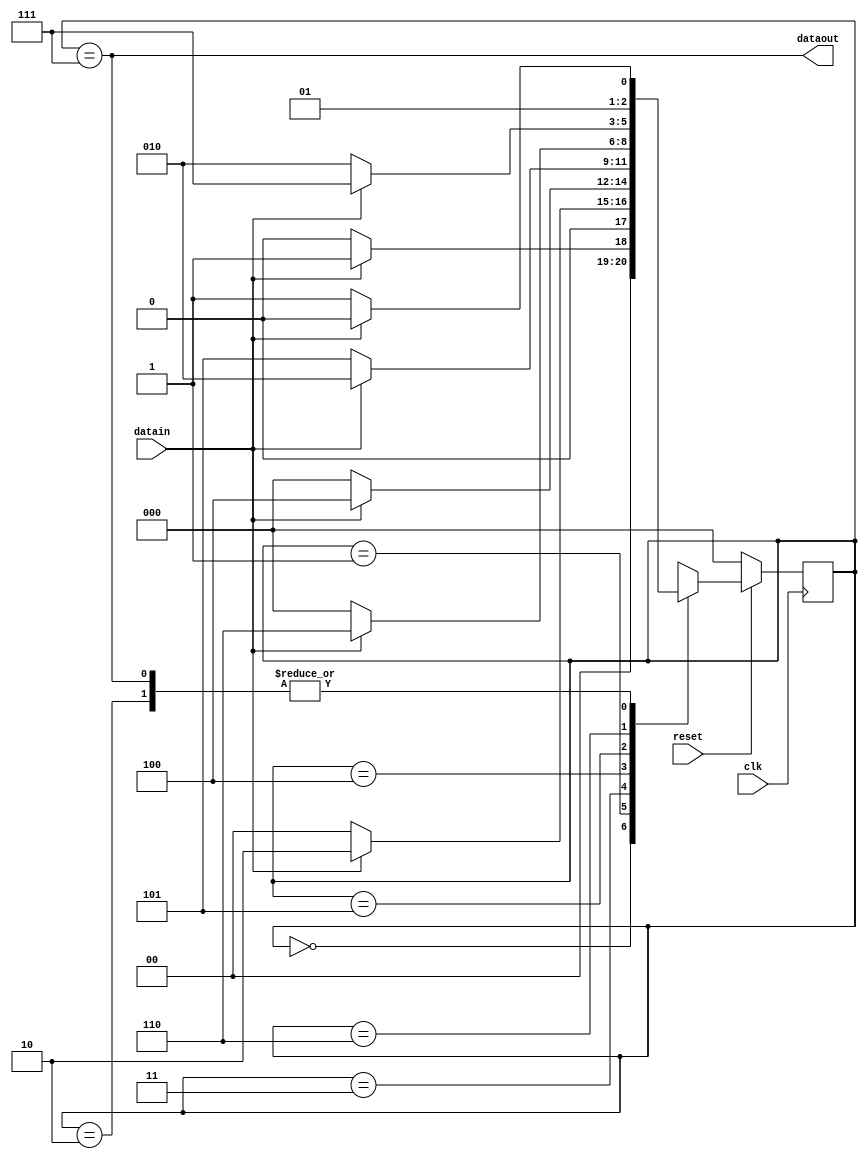
`timescale 1ns / 1ps

module pattern_recog(datain, clk, reset, dataout);
        //1101011 
        input datain, clk, reset;
        output dataout;
        reg [2:0] state;
        
        parameter[2:0]  IDLE        = 0,
  		        S1 	    = 1,
  		        S11 	    = 2,
  		        S110 	    = 3,
  		        S1101 	    = 4,
  		        S11010 	    = 5,
  		        S110101     = 6,
                        S1101011    = 7;
        assign dataout = (state == S1101011);
        always@(posedge clk)
            if(!reset)
                state <= IDLE;
            else begin
                case (state)
                    IDLE        : if(datain == 1) state <= S1;
                                    else            state <= IDLE;
                    S1          : if(datain == 1) state <= S11;
                                    else            state <= IDLE;
                    S11         : if(datain == 0) state <= S110;
                                    else            state <= S11;
                    S110        : if(datain == 1) state <= S1101;
                                    else            state <= IDLE;
                    S1101       : if(datain == 0) state <= S11010;
                                    else            state <= S11;
                    S11010      : if(datain == 1) state <= S110101;
                                    else            state <= IDLE;
                    S110101     : if(datain == 1) state <= S1101011;
                                    else            state <= S11;
                    S1101011    : if(datain == 1) state <= S11;
                                    else            state <= S110;      
                endcase
            end 

endmodule

/*
`timescale 1ns / 1ps

module tb_foy4_2;
    reg datain;
    reg clk,reset;
    wire dataout;
    pattern_recog uut(.datain(datain), .clk(clk), .reset(reset), .dataout(dataout));
    
    
    
    initial clk = 0;
    always #5 clk = ~clk;
    
    // pattern 1101011
    initial begin
        datain <= 0;
        reset <= 0;
        #10
        reset <= 1;
        #10 datain <= 1;
        #10 datain <= 1;
        #10 datain <= 0;
        #10 datain <= 1;
        #10 datain <= 0;
        #10 datain <= 1;
        #10 datain <= 1;// pattern tamam
        #30
        $finish;
    end
endmodule
*/